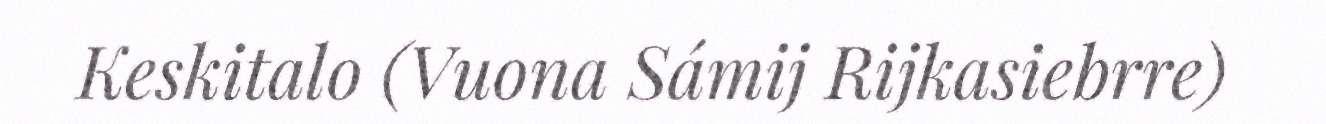
Keskitalo (Vuona Sámij Rijkasiebrre)